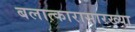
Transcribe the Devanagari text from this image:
बलात्कारासारख्या